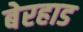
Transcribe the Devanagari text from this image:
बेरहाड